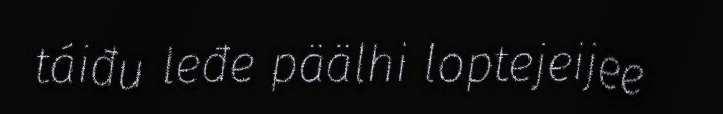
táiđu leđe päälhi loptejeijee